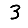
Digit: 3